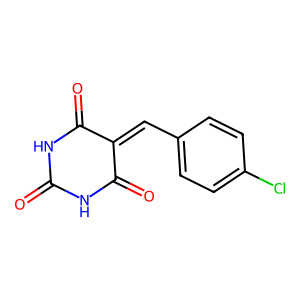
SMILES: O=C1NC(=O)C(=Cc2ccc(Cl)cc2)C(=O)N1
Inhibits HIV replication: No